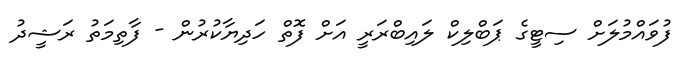
ފުވައްމުލަށް ސިޓީގެ ޕަބްލިކް ލައިބްރަރީ އަށް ފޮތް ހަދިޔާކުރުން - ފާތިމަތު ރަޝީދު